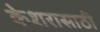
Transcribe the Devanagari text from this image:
केशरासाठी